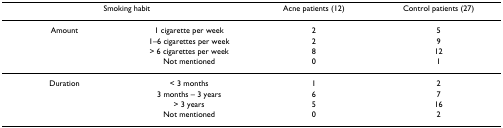
<table><thead><tr><td colspan="2"><b>Smoking habit</b></td><td><b>Acne patients (12)</b></td><td><b>Control patients (27)</b></td></tr></thead><tbody><tr><td>Amount</td><td>1 cigarette per week</td><td>2</td><td>5</td></tr><tr><td></td><td>1–6 cigarettes per week</td><td>2</td><td>9</td></tr><tr><td></td><td>&gt; 6 cigarettes per week</td><td>8</td><td>12</td></tr><tr><td></td><td>Not mentioned</td><td>0</td><td>1</td></tr><tr><td>Duration</td><td>&lt; 3 months</td><td>1</td><td>2</td></tr><tr><td></td><td>3 months – 3 years</td><td>6</td><td>7</td></tr><tr><td></td><td>&gt; 3 years</td><td>5</td><td>16</td></tr><tr><td></td><td>Not mentioned</td><td>0</td><td>2</td></tr></tbody></table>